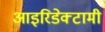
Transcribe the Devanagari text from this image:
आइरिडेक्टामी